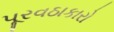
પૂરવઠાકારો